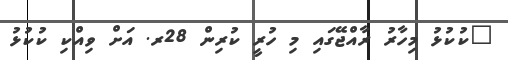
"ކުކުޅު މިހާރު ރާއްޖޭގައި މި ހުރީ ކުރިން 28ރ. އަށް ވިއްކި ކުކުޅު